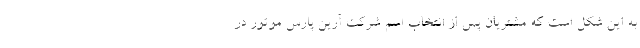
به این شکل است که مشتریان پس از انتخاب اسم شرکت آرین پارس موتور در